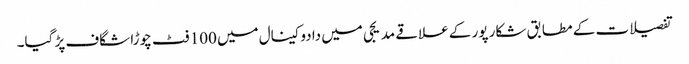
تفصیلات کے مطابق شکار پور کے علاقے مدیجی میں دادوکینال میں 100 فٹ چوڑا شگاف پڑ گیا۔